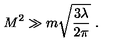
M ^ { 2 } \gg m \sqrt { \frac { 3 \lambda } { 2 \pi } } \ .